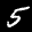
Label: 5